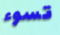
تسوء